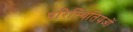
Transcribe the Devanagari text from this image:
परिस्थितियओं